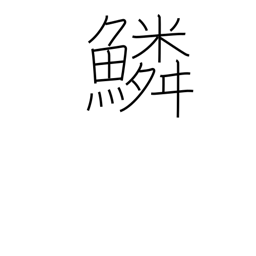
Meaning: scales (fish)